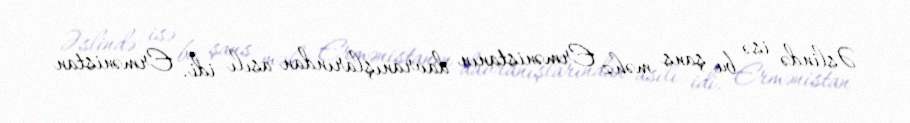
Əslində isə bu şans məhz Ermənistanın davranışlarından asılı idi. Ermənistan